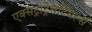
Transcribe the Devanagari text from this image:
एक्सट्राट्रेसटियर्ल्स